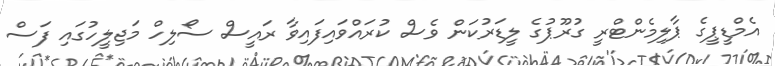
އެމްޑީޕީގެ ޕާލިމެންޓްރީ ގުރޫޕުގެ ލީޑަރުކަން ވެސް ކުރައްވައިފައިވާ ރައީސް ސޯލިހް މަޖިލީހުގައި ފަސް